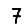
Digit: 7